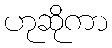
ဟုဆိုကာ